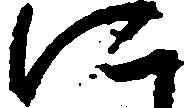
に